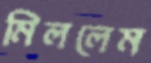
মিললেম